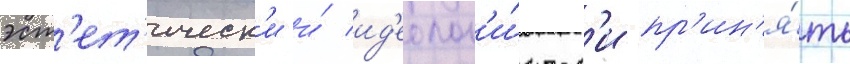
эст'ет'ическ'и и́ ид'еолог'и́ческ'и пр'ин'я́ть